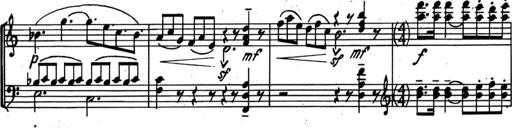
Title: Kleine Sonate
Composer: Raoul Koczalski
Key: C major